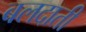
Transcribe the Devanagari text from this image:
बलदाती